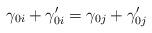
LaTeX: \begin{align*}\gamma_{0i}+\gamma_{0i}' = \gamma_{0j} + \gamma_{0j}'\end{align*}